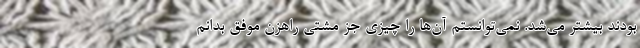
بودند بیشتر می‌شد. نمی‌توانستم آن‌ها را چیزی جز مشتی راهزن موفق بدانم